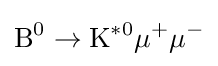
\mathrm {B} ^{0}\to \mathrm {K} ^{*0}\mu ^{+}\mu ^{-}